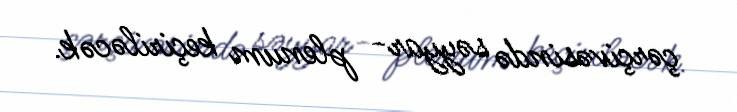
çərçivəsində səyyar- plenum keçiriləcək.